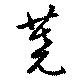
蕘